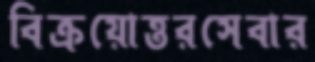
বিক্রয়োত্তরসেবার